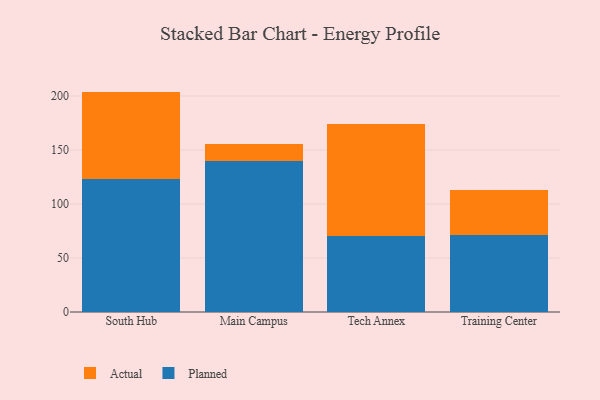
{"axis": {"x": "Campus", "y": "Production Output"}, "legend": ["Actual", "Planned"], "data": [{"x": "South Hub", "y": 123.6, "type": "Planned"}, {"x": "South Hub", "y": 80.5, "type": "Actual"}, {"x": "Main Campus", "y": 140.3, "type": "Planned"}, {"x": "Main Campus", "y": 15.6, "type": "Actual"}, {"x": "Tech Annex", "y": 70.7, "type": "Planned"}, {"x": "Tech Annex", "y": 103.4, "type": "Actual"}, {"x": "Training Center", "y": 71.5, "type": "Planned"}, {"x": "Training Center", "y": 41.8, "type": "Actual"}]}